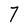
Character: 7